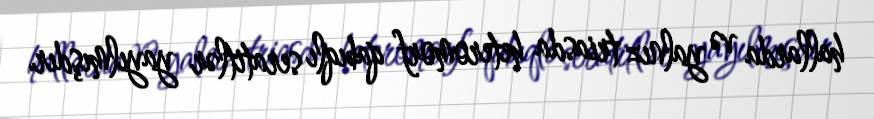
hallarda və yalnız triasda heteromorf qabıqlı seratitlər yayılmışdır.